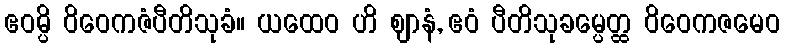
ဧဝမ္ပိ ဝိဝေကဇံပီတိသုခံ။ ယထေဝ ဟိ ဈာနံ, ဧဝံ ပီတိသုခမ္ပေတ္ထ ဝိဝေကဇမေဝ